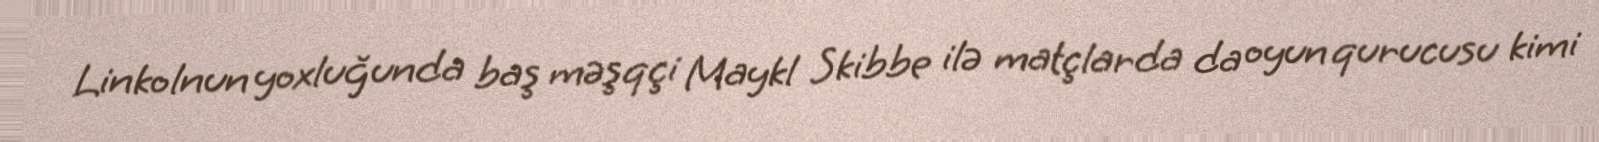
Linkolnun yoxluğunda baş məşqçi Maykl Skibbe ilə matçlarda da oyun qurucusu kimi